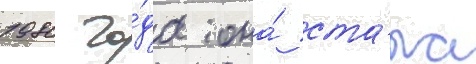
1980 го́да она́ ста́ла